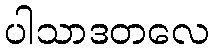
ပါသာဒတလေ